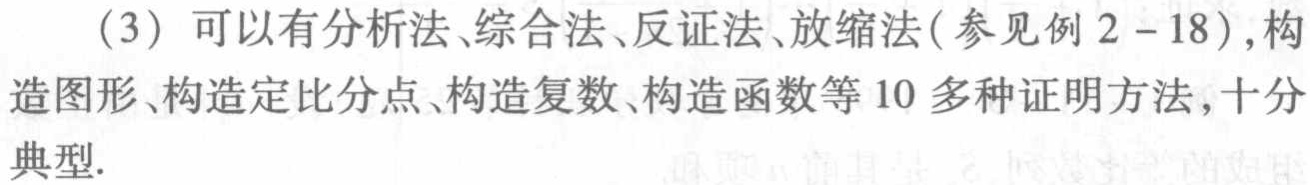
(3) 可以有分析法、综合法、反证法、放缩法(参见例2 - 18),构造图形、构造定比分点、构造复数、构造函数等10多种证明方法,十分典型.